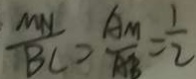
\frac { M N } { B C } = \frac { A M } { A B } = \frac { 1 } { 2 }